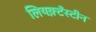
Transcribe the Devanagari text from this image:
लियक़्टँस्टीन